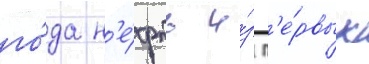
го́да н'е́фть и́з п'е́рвых